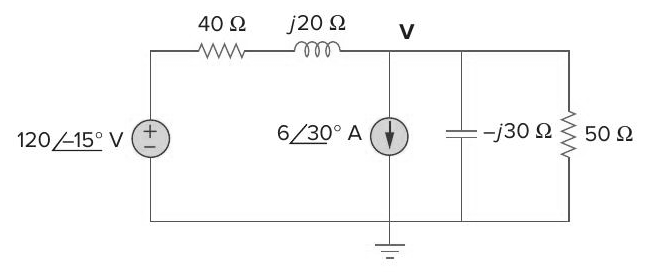
Components in this circuit:
resistor
inductor
voltage source
resistor
capacitor
current source